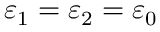
\varepsilon _ { 1 } = \varepsilon _ { 2 } = \varepsilon _ { 0 }